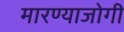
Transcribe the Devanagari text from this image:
मारण्याजोगी